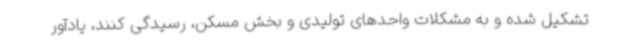
تشکیل شده و به مشکلات واحدهای تولیدی و بخش مسکن، رسیدگی کنند، یادآور